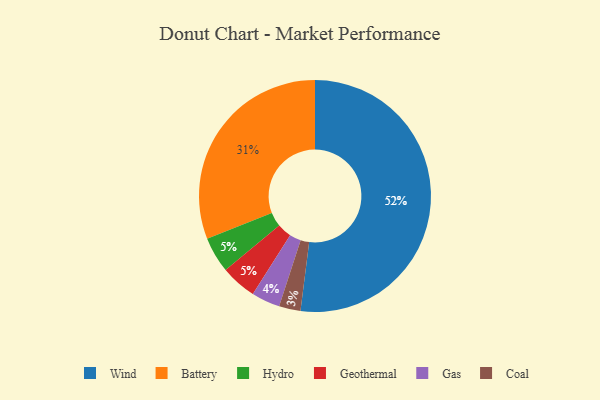
{"axis": {"x": "Category", "y": "Percentage"}, "legend": ["Battery", "Coal", "Gas", "Geothermal", "Hydro", "Wind"], "data": [{"x": "Wind", "y": 52, "type": "Wind"}, {"x": "Hydro", "y": 5, "type": "Hydro"}, {"x": "Geothermal", "y": 5, "type": "Geothermal"}, {"x": "Battery", "y": 31, "type": "Battery"}, {"x": "Gas", "y": 4, "type": "Gas"}, {"x": "Coal", "y": 3, "type": "Coal"}]}